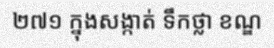
២៧១ ក្នុងសង្កាត់ ទឹកថ្លា ខណ្ឌ